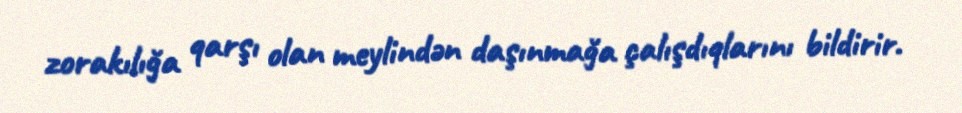
zorakılığa qarşı olan meylindən daşınmağa çalışdıqlarını bildirir.